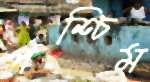
পশ্চিম